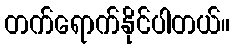
တက်ရောက်နိုင်ပါတယ်။